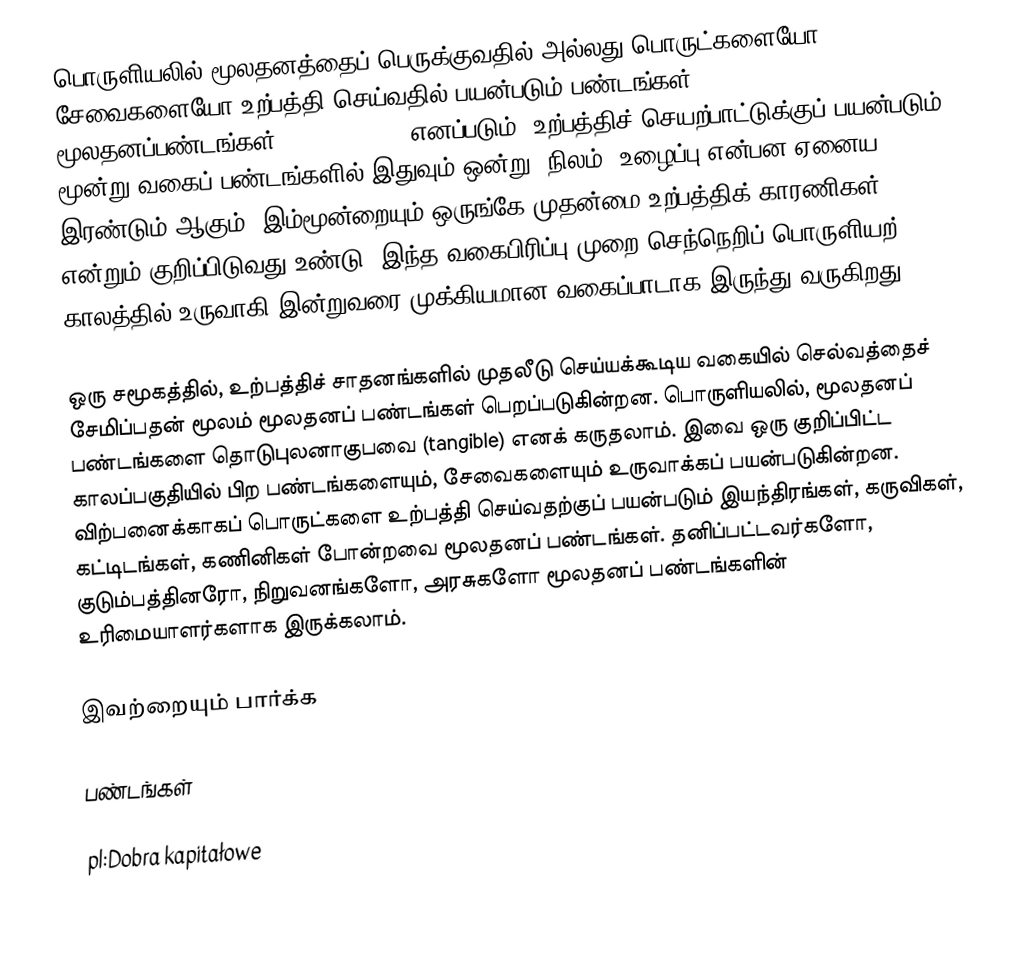
பொருளியலில் மூலதனத்தைப் பெருக்குவதில் அல்லது பொருட்களையோ சேவைகளையோ உற்பத்தி செய்வதில் பயன்படும் பண்டங்கள் மூலதனப்பண்டங்கள்(Capital good) எனப்படும். உற்பத்திச் செயற்பாட்டுக்குப் பயன்படும் மூன்று வகைப் பண்டங்களில் இதுவும் ஒன்று. நிலம், உழைப்பு என்பன ஏனைய இரண்டும் ஆகும். இம்மூன்றையும் ஒருங்கே முதன்மை உற்பத்திக் காரணிகள் என்றும் குறிப்பிடுவது உண்டு. இந்த வகைபிரிப்பு முறை செந்நெறிப் பொருளியற் காலத்தில் உருவாகி இன்றுவரை முக்கியமான வகைப்பாடாக இருந்து வருகிறது.

ஒரு சமூகத்தில், உற்பத்திச் சாதனங்களில் முதலீடு செய்யக்கூடிய வகையில் செல்வத்தைச் சேமிப்பதன் மூலம் மூலதனப் பண்டங்கள் பெறப்படுகின்றன. பொருளியலில், மூலதனப் பண்டங்களை தொடுபுலனாகுபவை (tangible) எனக் கருதலாம். இவை ஒரு குறிப்பிட்ட காலப்பகுதியில் பிற பண்டங்களையும், சேவைகளையும் உருவாக்கப் பயன்படுகின்றன. விற்பனைக்காகப் பொருட்களை உற்பத்தி செய்வதற்குப் பயன்படும் இயந்திரங்கள், கருவிகள், கட்டிடங்கள், கணினிகள் போன்றவை மூலதனப் பண்டங்கள். தனிப்பட்டவர்களோ, குடும்பத்தினரோ, நிறுவனங்களோ, அரசுகளோ மூலதனப் பண்டங்களின் உரிமையாளர்களாக இருக்கலாம்.

இவற்றையும் பார்க்க

பண்டங்கள்

pl:Dobra kapitałowe